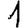
Digit: 1